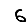
Digit: 6